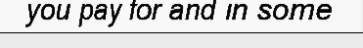
you pay for and in some